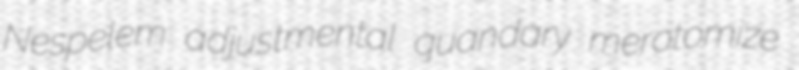
Nespelem adjustmental quandary merotomize